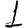
Digit: 1